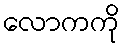
လောကကို